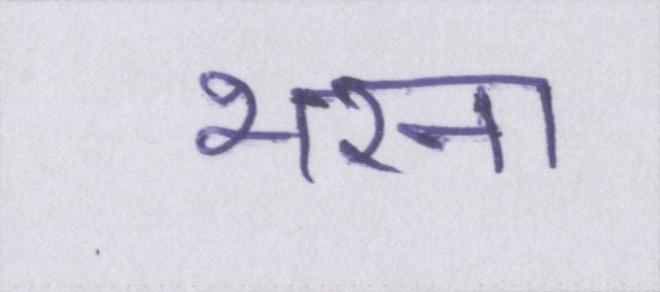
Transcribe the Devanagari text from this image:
भरना